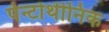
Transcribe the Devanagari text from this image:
पेन्टोथीनिक